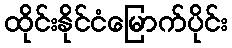
ထိုင်းနိုင်ငံမြောက်ပိုင်း